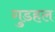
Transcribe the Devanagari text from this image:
गुडहल